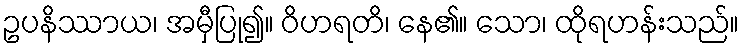
ဥပနိဿာယ၊ အမှီပြု၍။ ဝိဟရတိ၊ နေ၏။ သော၊ ထိုရဟန်းသည်။